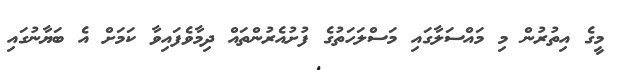
މީގެ އިތުރުން މި މައްސަލާގައި މަސްލަހަތުގެ ފުށުއެރުންތައް ދިމާވެފައިވާ ކަމަށް އެ ބަޔާނުގައި